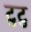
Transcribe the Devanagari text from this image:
टुटु